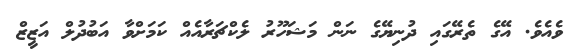
ވެއެވެ. އޭގެ ތެރޭގައި ދުނިޔޭގެ ނަން މަޝަހޫރު ލެކްޗަރާއެއް ކަމަށްވާ އަބުދުލް އަޒީޒް